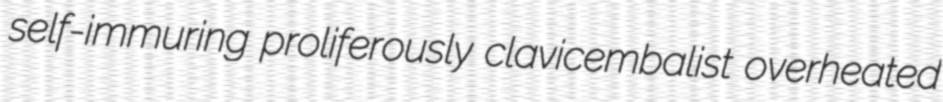
self-immuring proliferously clavicembalist overheated